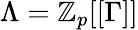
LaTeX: \Lambda=\mathbb{Z}_{p}[[\Gamma]]